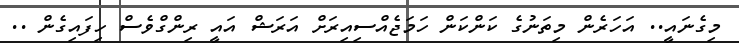
މިގެނައީ.. އަހަރެން މިތަނުގެ ކަންކަން ހަމަޖެއްސިއިރަށް އަރަޝް އައީ ރިންގްވެސް ހިފައިގެން ..